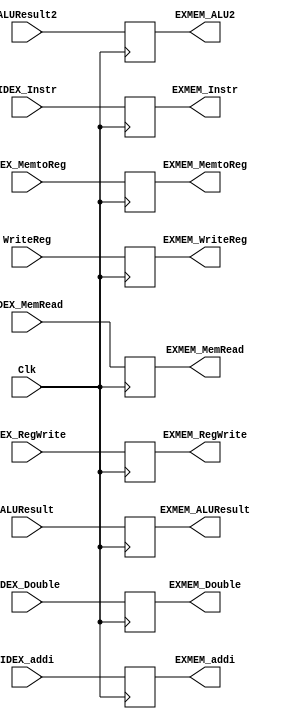
`timescale 1ns / 1ps
//////////////////////////////////////////////////////////////////////////////////
// Company: 
// Engineer: 
// 
// Design Name: 
// Module Name:    Buffer_EXMEM 
// Project Name: 
// Target Devices: 
// Tool versions: 
// Description: 
//
// Dependencies: 
//
// Revision: 
// Revision 0.01 - File Created
// Additional Comments: 
//
//////////////////////////////////////////////////////////////////////////////////
module Buffer_EXMEM(
		input Clk,
		input IDEX_MemRead,
		input IDEX_MemtoReg,
	//	input IDEX_MemWrite,
		input IDEX_RegWrite,
		input [31:0] ALUResult,
	//	input [31:0] ALU_B,
		input [4:0] WriteReg,
		
		output EXMEM_MemRead,
		output EXMEM_MemtoReg,
	//	output EXMEM_MemWrite,
		output EXMEM_RegWrite,
		output [31:0] EXMEM_ALUResult,
	//	output [31:0] EXMEM_RD2,
		output [4:0] EXMEM_WriteReg,
		output [31:0] EXMEM_Instr,
		input [31:0] IDEX_Instr,
		input IDEX_Double,
		output EXMEM_Double,
		input [31:0] ALUResult2,
		output [31:0] EXMEM_ALU2,
		input IDEX_addi,
		output EXMEM_addi
		);
		
		
		reg EXMEM_Ctrl[0:2];
		reg [31:0] EXMEM_Data;
		reg [4:0] EXMEM_RDReg;
		reg [31:0] EXMEM_InstrReg;
		reg Double;
		reg [31:0]ALU2;
		reg addi;
		
		assign EXMEM_MemRead = EXMEM_Ctrl[0];
		assign EXMEM_MemtoReg = EXMEM_Ctrl[1];
//		assign EXMEM_MemWrite = EXMEM_Ctrl[2];
		assign EXMEM_RegWrite = EXMEM_Ctrl[2];
		assign EXMEM_ALUResult = EXMEM_Data;
	//	assign EXMEM_RD2 = EXMEM_Data[1];
		assign EXMEM_WriteReg = EXMEM_RDReg;		
		assign EXMEM_Instr = EXMEM_InstrReg;
		assign EXMEM_Double = Double;
		assign EXMEM_ALU2 = ALU2;
		assign EXMEM_addi = addi;
		
	always@(posedge Clk)begin	

			EXMEM_Ctrl[0] <= IDEX_MemRead;
			EXMEM_Ctrl[1] <= IDEX_MemtoReg;
		//	EXMEM_Ctrl[2] <= IDEX_MemWrite;
			EXMEM_Ctrl[2] <= IDEX_RegWrite;
			EXMEM_Data <= ALUResult;
	//		EXMEM_Data[1] <= ALU_B;
			EXMEM_RDReg <= WriteReg;
			EXMEM_InstrReg <= IDEX_Instr;
			Double <= IDEX_Double;
			ALU2 = ALUResult2;
			addi = IDEX_addi;


end		
 
endmodule